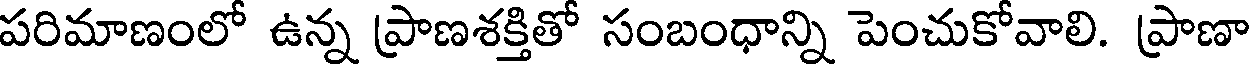
పరిమాణంలో ఉన్న ప్రాణశక్తితో సంబంధాన్ని పెంచుకోవాలి. ప్రాణా